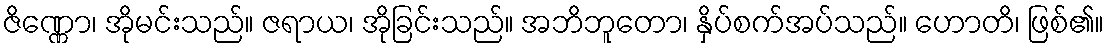
ဇိဏ္ဏော၊ အိုမင်းသည်။ ဇရာယ၊ အိုခြင်းသည်။ အဘိဘူတော၊ နှိပ်စက်အပ်သည်။ ဟောတိ၊ ဖြစ်၏။